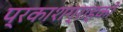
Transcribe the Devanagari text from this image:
प्रकाशग्राहकों